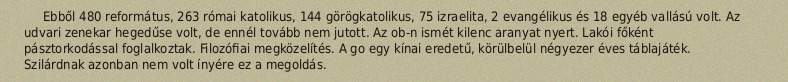
Ebből 480 református, 263 római katolikus, 144 görögkatolikus, 75 izraelita, 2 evangélikus és 18 egyéb vallású volt. Az udvari zenekar hegedűse volt, de ennél tovább nem jutott. Az ob-n ismét kilenc aranyat nyert. Lakói főként pásztorkodással foglalkoztak. Filozófiai megközelítés. A go egy kínai eredetű, körülbelül négyezer éves táblajáték. Szilárdnak azonban nem volt ínyére ez a megoldás.